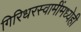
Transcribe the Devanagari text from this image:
गिरिधरस्वामींमध्येही